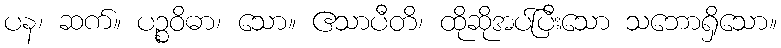
ပန၊ ဆက်။ ပဉ္စဝိဓာ၊ သော။ ဧသာပီတိ၊ ထိုဆိုအပ်ပြီးသော သဘောရှိသော။